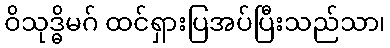
ဝိသုဒ္ဓိမဂ် ထင်ရှားပြအပ်ပြီးသည်သာ၊